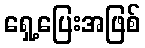
ရှေ့ပြေးအဖြစ်